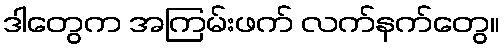
ဒါတွေက အကြမ်းဖက် လက်နက်တွေ။